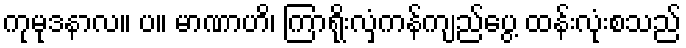
ကုမုဒနာလ။ ပ။ မာဏာဟိ၊ ကြာရိုးလှံကန်ကျည်ပွေ့ ထန်းလုံးစသည်